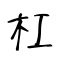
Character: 杠